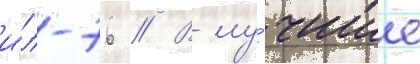
и́л-76 // В лу́чшие